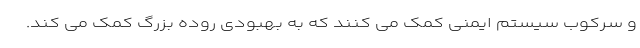
و سرکوب سیستم ایمنی کمک می کنند که به بهبودی روده بزرگ کمک می کند.